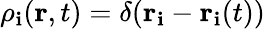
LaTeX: \rho_{\mathbf{i}}(\textbf{{r}},t)=\delta(\textbf{{r}}_{\mathbf{i}}-\textbf{{r}}_{\mathbf{i}}(t))